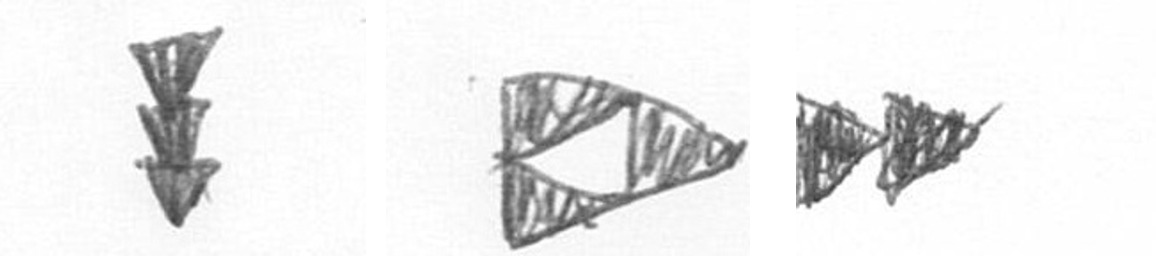
E K A